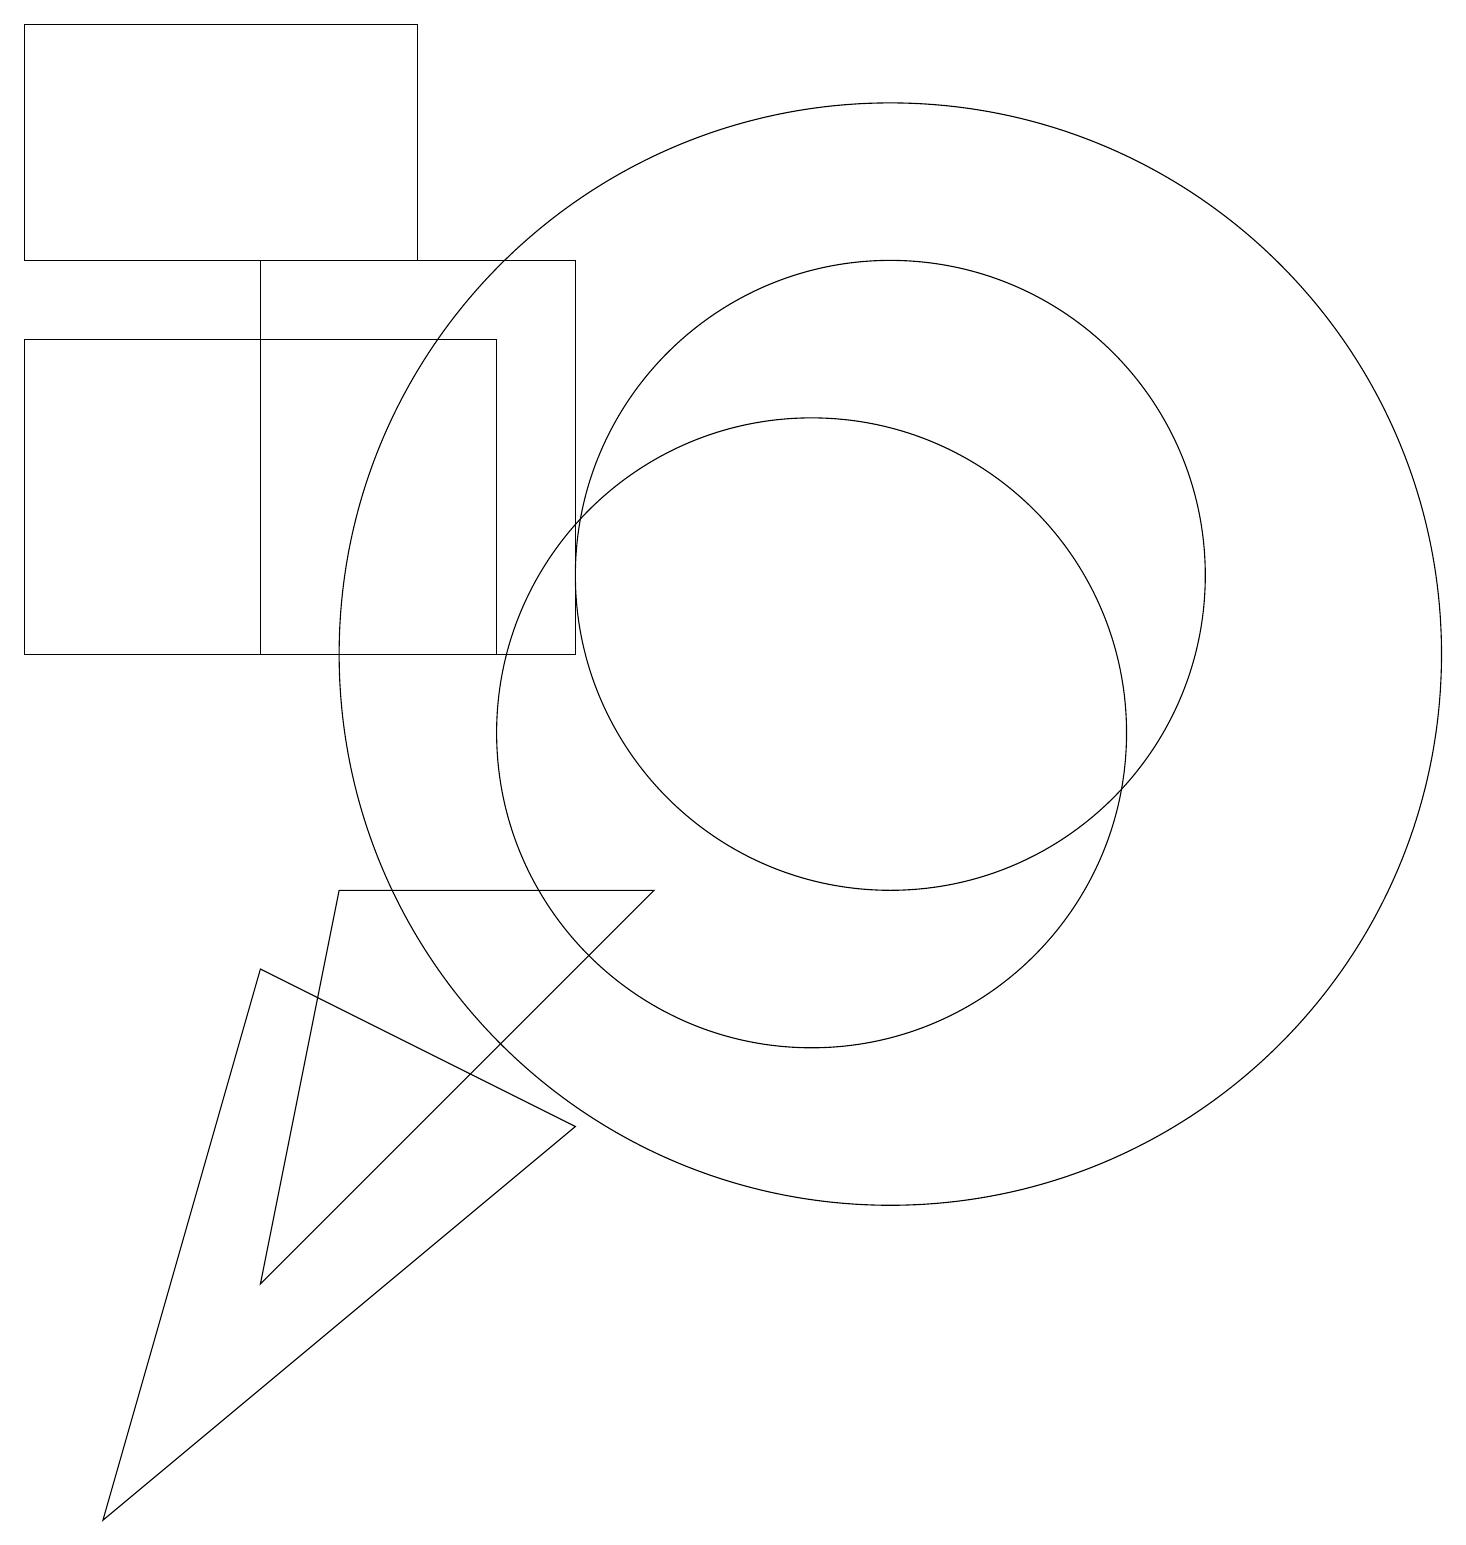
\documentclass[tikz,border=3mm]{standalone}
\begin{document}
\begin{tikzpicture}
\draw (11,11) circle (7);
\draw (11,12) circle (4);
\draw (1,0) -- (7,5) -- (3,7) -- cycle;
\draw (8,8) -- (3,3) -- (4,8) -- cycle;
\draw (3,16) rectangle (7,11);
\draw (0,11) rectangle (6,15);
\draw (5,19) rectangle (0,16);
\draw (10,10) circle (4);
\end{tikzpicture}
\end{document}